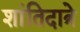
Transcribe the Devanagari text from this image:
शांतिदात्रे